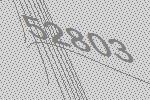
52803